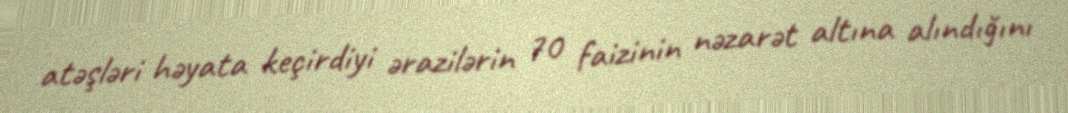
atəşləri həyata keçirdiyi ərazilərin 70 faizinin nəzarət altına alındığını